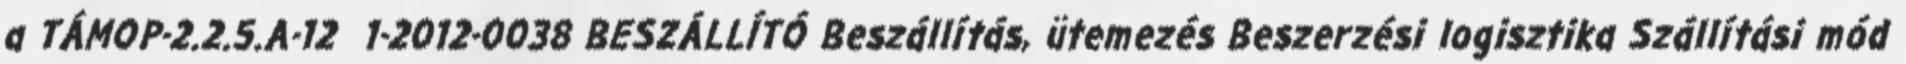
a TÁMOP-2.2.5.A-12 1-2012-0038 BESZÁLLÍTÓ Beszállítás, ütemezés Beszerzési logisztika Szállítási mód